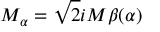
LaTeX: M _ { \alpha } = \sqrt { 2 } i M \beta ( \alpha )